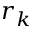
r _ { k }